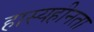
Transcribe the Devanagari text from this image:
हास्यहीनता